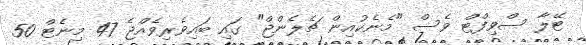
ޓޭލާ ސްވިފްޓް ވެސް "މެނެކުއިން ޗެލެންޖް" ގައި ބައިވެރިވެއްޖެ 47 މިނެޓް 50